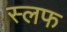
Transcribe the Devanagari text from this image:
स्लफ